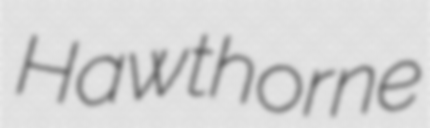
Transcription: Hawthorne